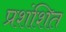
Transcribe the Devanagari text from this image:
प्रशंशित